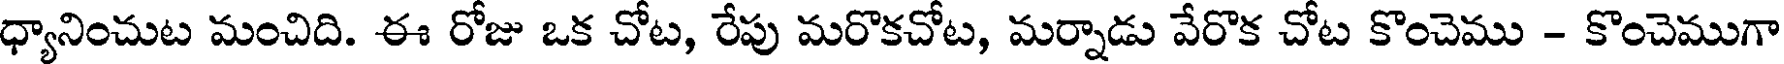
ధ్యానించుట మంచిది. ఈ రోజు ఒక చోట, రేపు మరొకచోట, మర్నాడు వేరొక చోట కొంచెము - కొంచెముగా